Scottish Leaving Certificate Examination, 1959
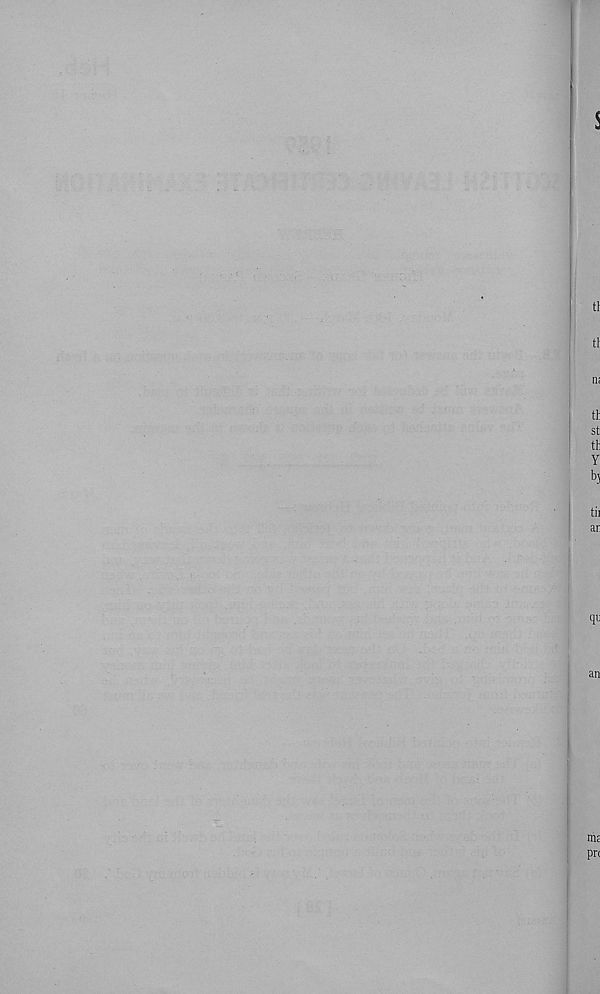
s
tf
tt
a!
th
st
Y
b 3
tii
ar
qu
an
ms
pn